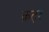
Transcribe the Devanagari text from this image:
क़त़र्